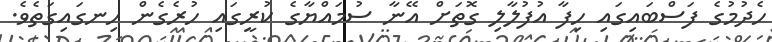
ހެދުމުގެ ފަސްބައިގައި ހިފާ އުފުލާލި ގޮތަށް އޭނާ ސުމައްޔާގެ ކުރީގައި ހުރެގެން ހިނގައިގަތެވެ.